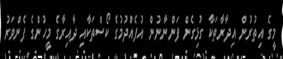
މީގެ އިތުރުން އިދާރާތަކާ ގުޅިގެން ފަންނާނުން އުފެއްދުމުގެ ކޯސްތަކާއި ދާއިރާގެ މީހުންގެ ފެންވަރު